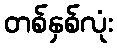
တစ်နှစ်လုံး